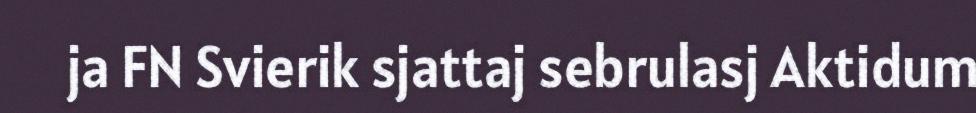
ja FN Svierik sjattaj sebrulasj Aktidum